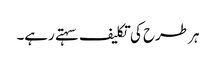
ہر طرح کی تکلیف سہتے رہے۔